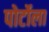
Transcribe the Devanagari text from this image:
पोर्टोला